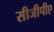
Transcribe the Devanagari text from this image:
सीजीपीए